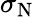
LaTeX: \sigma_{\mathrm{N}}